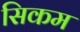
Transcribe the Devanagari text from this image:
सिकम